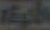
المحرقة